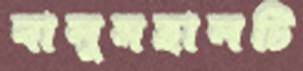
বালুমহালটি